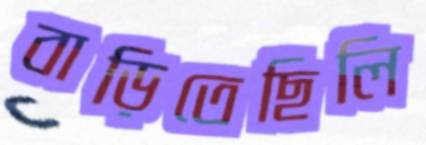
বাড়িতেছিলি